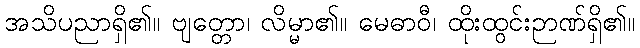
အသိပညာရှိ၏။ ဗျတ္တော၊ လိမ္မာ၏။ မေဓာဝီ၊ ထိုးထွင်းဉာဏ်ရှိ၏။